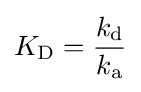
K_{\rm {D}}={\frac {k_{\text{d}}}{k_{\text{a}}}}